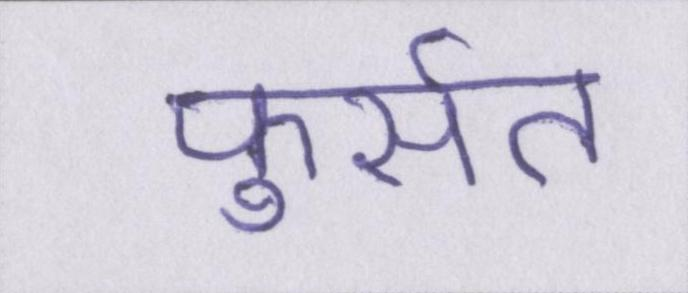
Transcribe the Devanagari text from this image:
फुर्सत